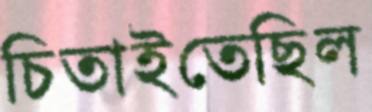
চিতাইতেছিল